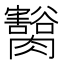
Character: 𦢽